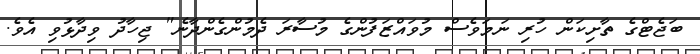
ބަޖެޓްގެ ތާށިކަން ހުރި ނަމަވެސް މުވައްޒަފުންގެ މުސާރަ ދެމުންގެންދާނެ" ޖިހާދު ވިދާޅުވި އެވެ.